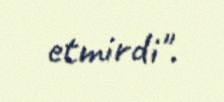
etmirdi".